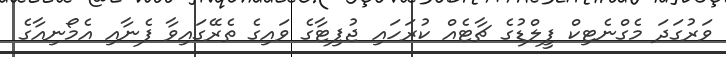
ވަރުގަދަ މެގްނެޓިކް ފީލްޑުގެ ޗާޓެއް ކުރަހައި ޖުޕިޓާގެ ވައިގެ ތެރޭގައިވާ ފެނާއި އެމޯނިއާގެ